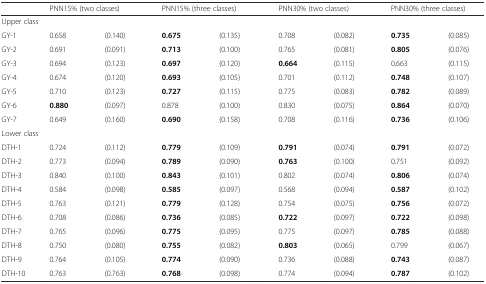
<table><thead><tr><td></td><td colspan="2"><b>PNN15% (two classes)</b></td><td colspan="2"><b>PNN15% (three classes)</b></td><td colspan="2"><b>PNN30% (two classes)</b></td><td colspan="2"><b>PNN30% (three classes)</b></td></tr></thead><tbody><tr><td colspan="9">Upper class</td></tr><tr><td>GY-1</td><td>0.658</td><td>(0.140)</td><td><b>0.675</b></td><td>(0.135)</td><td>0.708</td><td>(0.082)</td><td><b>0.735</b></td><td>(0.085)</td></tr><tr><td>GY-2</td><td>0.691</td><td>(0.091)</td><td><b>0.713</b></td><td>(0.100)</td><td>0.765</td><td>(0.081)</td><td><b>0.805</b></td><td>(0.076)</td></tr><tr><td>GY-3</td><td>0.694</td><td>(0.123)</td><td><b>0.697</b></td><td>(0.120)</td><td><b>0.664</b></td><td>(0.115)</td><td>0.663</td><td>(0.115)</td></tr><tr><td>GY-4</td><td>0.674</td><td>(0.120)</td><td><b>0.693</b></td><td>(0.105)</td><td>0.701</td><td>(0.112)</td><td><b>0.748</b></td><td>(0.107)</td></tr><tr><td>GY-5</td><td>0.710</td><td>(0.123)</td><td><b>0.727</b></td><td>(0.115)</td><td>0.775</td><td>(0.083)</td><td><b>0.782</b></td><td>(0.089)</td></tr><tr><td>GY-6</td><td><b>0.880</b></td><td>(0.097)</td><td>0.878</td><td>(0.100)</td><td>0.830</td><td>(0.075)</td><td><b>0.864</b></td><td>(0.070)</td></tr><tr><td>GY-7</td><td>0.649</td><td>(0.160)</td><td><b>0.690</b></td><td>(0.158)</td><td>0.708</td><td>(0.116)</td><td><b>0.736</b></td><td>(0.106)</td></tr><tr><td colspan="9">Lower class</td></tr><tr><td>DTH-1</td><td>0.724</td><td>(0.112)</td><td><b>0.779</b></td><td>(0.109)</td><td><b>0.791</b></td><td>(0.074)</td><td><b>0.791</b></td><td>(0.072)</td></tr><tr><td>DTH-2</td><td>0.773</td><td>(0.094)</td><td><b>0.789</b></td><td>(0.090)</td><td><b>0.763</b></td><td>(0.100)</td><td>0.751</td><td>(0.092)</td></tr><tr><td>DTH-3</td><td>0.840</td><td>(0.100)</td><td><b>0.843</b></td><td>(0.101)</td><td>0.802</td><td>(0.074)</td><td><b>0.806</b></td><td>(0.074)</td></tr><tr><td>DTH-4</td><td>0.584</td><td>(0.098)</td><td><b>0.585</b></td><td>(0.097)</td><td>0.568</td><td>(0.094)</td><td><b>0.587</b></td><td>(0.102)</td></tr><tr><td>DTH-5</td><td>0.763</td><td>(0.121)</td><td><b>0.779</b></td><td>(0.128)</td><td>0.754</td><td>(0.075)</td><td><b>0.756</b></td><td>(0.072)</td></tr><tr><td>DTH-6</td><td>0.708</td><td>(0.086)</td><td><b>0.736</b></td><td>(0.085)</td><td><b>0.722</b></td><td>(0.097)</td><td><b>0.722</b></td><td>(0.098)</td></tr><tr><td>DTH-7</td><td>0.765</td><td>(0.096)</td><td><b>0.775</b></td><td>(0.095)</td><td>0.775</td><td>(0.097)</td><td><b>0.785</b></td><td>(0.088)</td></tr><tr><td>DTH-8</td><td>0.750</td><td>(0.080)</td><td><b>0.755</b></td><td>(0.082)</td><td><b>0.803</b></td><td>(0.065)</td><td>0.799</td><td>(0.067)</td></tr><tr><td>DTH-9</td><td>0.764</td><td>(0.105)</td><td><b>0.774</b></td><td>(0.090)</td><td>0.736</td><td>(0.088)</td><td><b>0.743</b></td><td>(0.087)</td></tr><tr><td>DTH-10</td><td>0.763</td><td>(0.763)</td><td><b>0.768</b></td><td>(0.098)</td><td>0.774</td><td>(0.094)</td><td><b>0.787</b></td><td>(0.102)</td></tr></tbody></table>